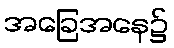
အခြေအနေ၌